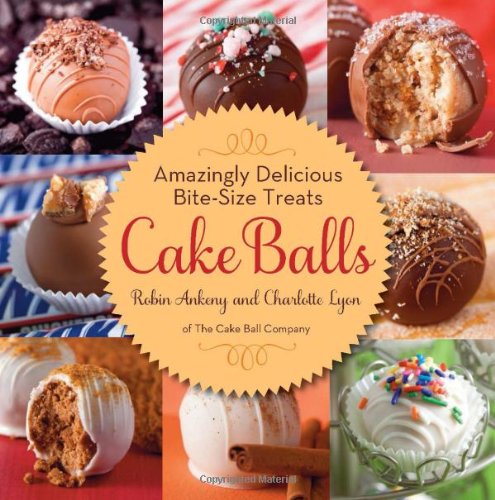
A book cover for Cake Balls: Amazingly Delicious Bite-Size Treats; Robin Ankeny; Cookbooks, Food & Wine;